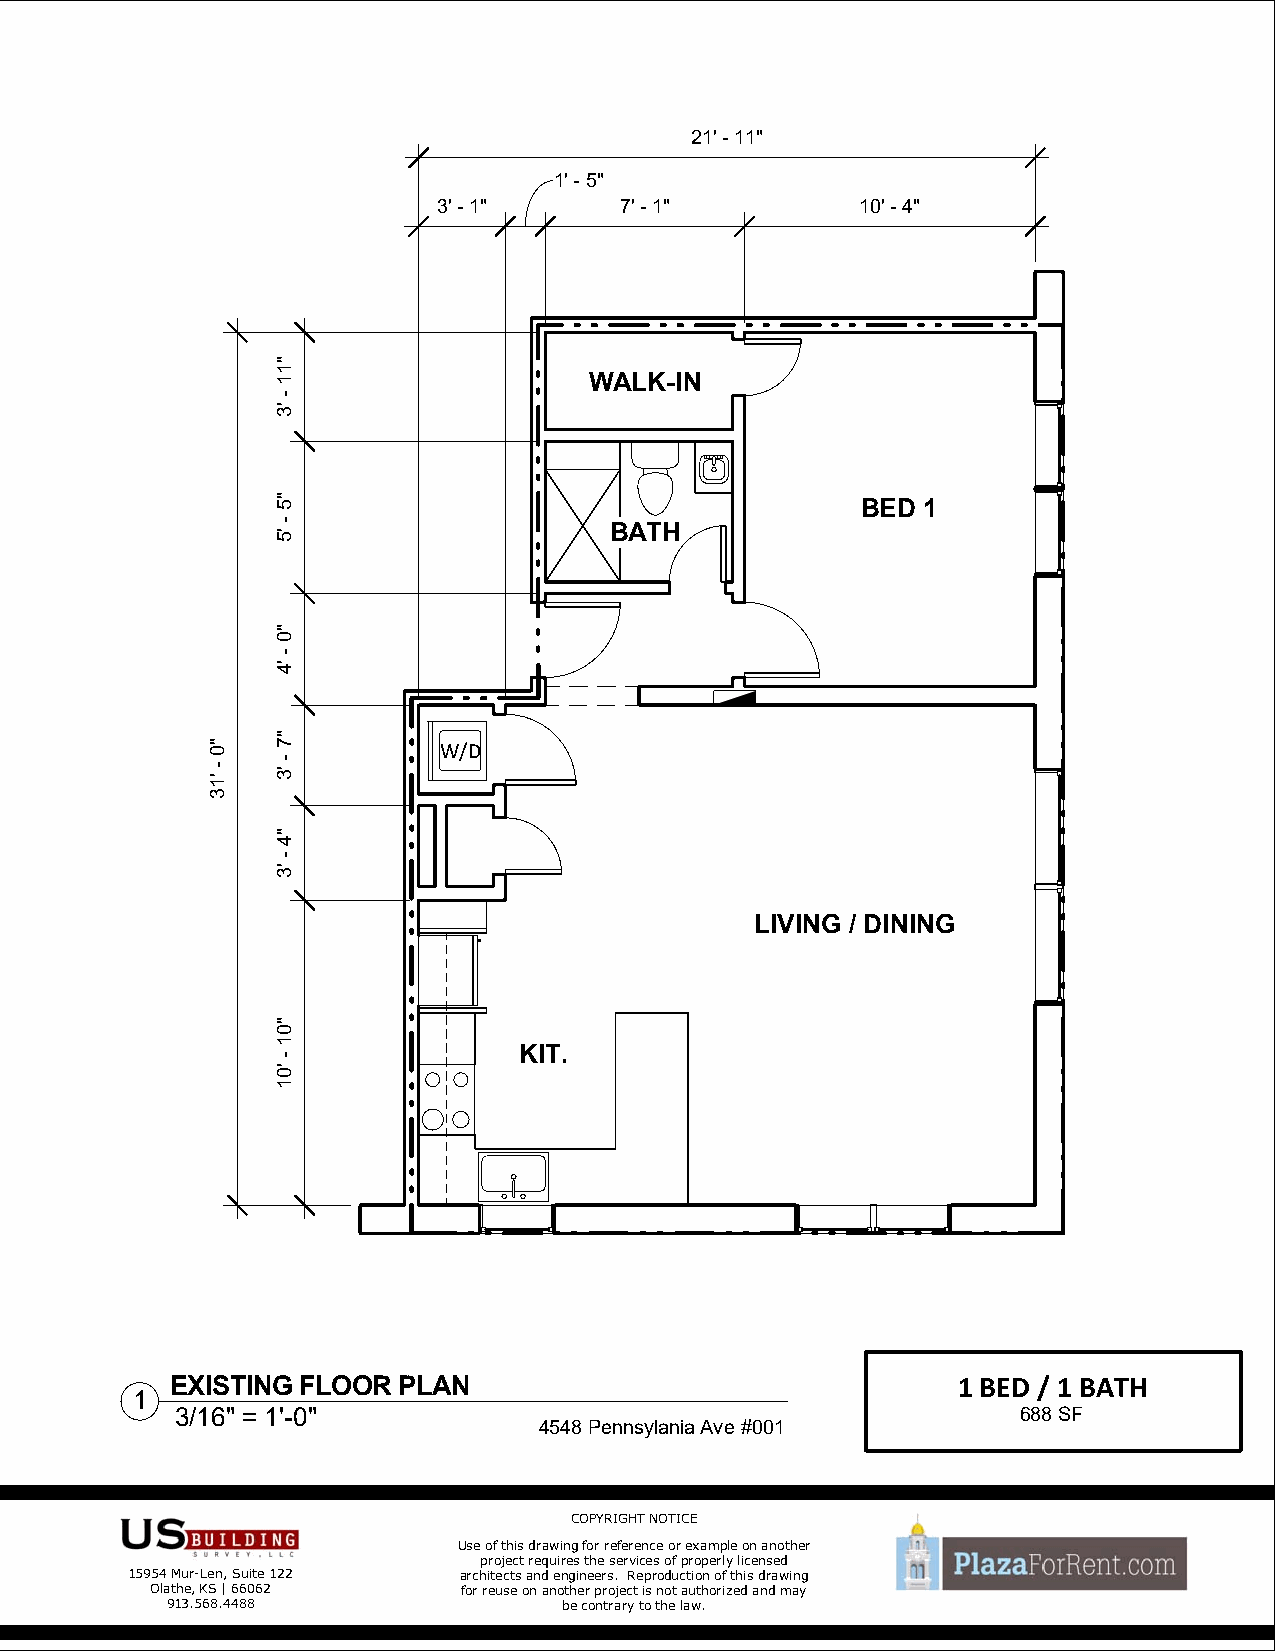
21' - 11"
 1' - 5"
 3' - 1"     7' - 1"         10' - 4"
 WALK-IN
 BED 1
 BATH
 W/D
 LIVING / DINING
 KIT.
 EXISTING FLOOR PLAN                                 1 BED / 1 BATH
 1
 3/16" = 1'-0"                                           688 SF
 4548 Pennsylania Ave #001
 COPYRIGHT NOTICE
 Use of this drawing for reference or example on another
 project requires the services of properly licensed
 15954 Mur-Len, Suite 122 architects and engineers. Reproduction of this drawing
 Olathe, KS | 66062   for reuse on another project is not authorized and may
 913.568.4488              be contrary to the law.
 "0
 -
 '13
 "11
 -
 '3
 "5
 -
 '5
 "0
 -
 '4
 "7
 -
 '3
 "4
 -
 '3
 "01
 -
 '01